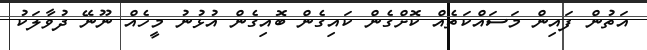
އަތުން ފައިން މަސައްކަތެއް ކޮށްގެން ކައިގެން ބޮއިގެން އުޅުނު މީހެއް ނޫނޭ ދުވާލަކު